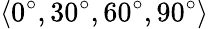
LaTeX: \langle 0^{\circ},30^{\circ},60^{\circ},90^{\circ}\rangle